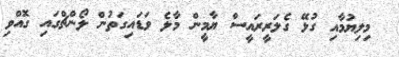
މިލިޔުމާއި ގުޅޭ ގެލަރީރައީސް ޔާމީން މާލެ ވަޑައިގަތުން ލޯންޗްގައި ގޮއްވި